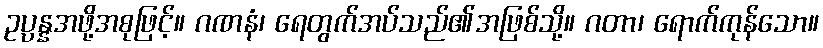
ဥပ္ပန္နအဖို့အစုဖြင့်။ ဂဏနံ၊ ရေတွက်အပ်သည်၏အဖြစ်သို့။ ဂတာ၊ ရောက်ကုန်သော။